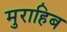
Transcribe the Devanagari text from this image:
मुराहिब